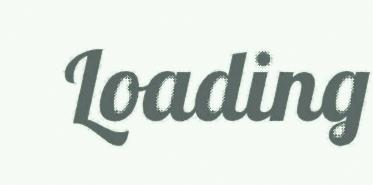
Loading